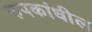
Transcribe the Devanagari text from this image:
रुपकांधील